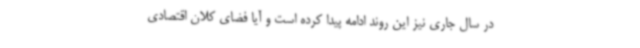
در سال جاری نیز این روند ادامه پیدا کرده است و آیا فضای کلان اقتصادی